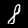
Digit: 8